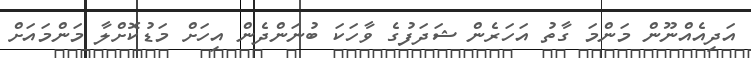
އަދިއެއްނޫން މަންމަ ގާތު އަހަރެން ޝަދަފުގެ ވާހަކަ ބުނަންދެން އިހަށް މަޑުކޮށްލާ މަންމައަށް